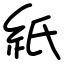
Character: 紙